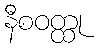
နီစဝတ္ထု